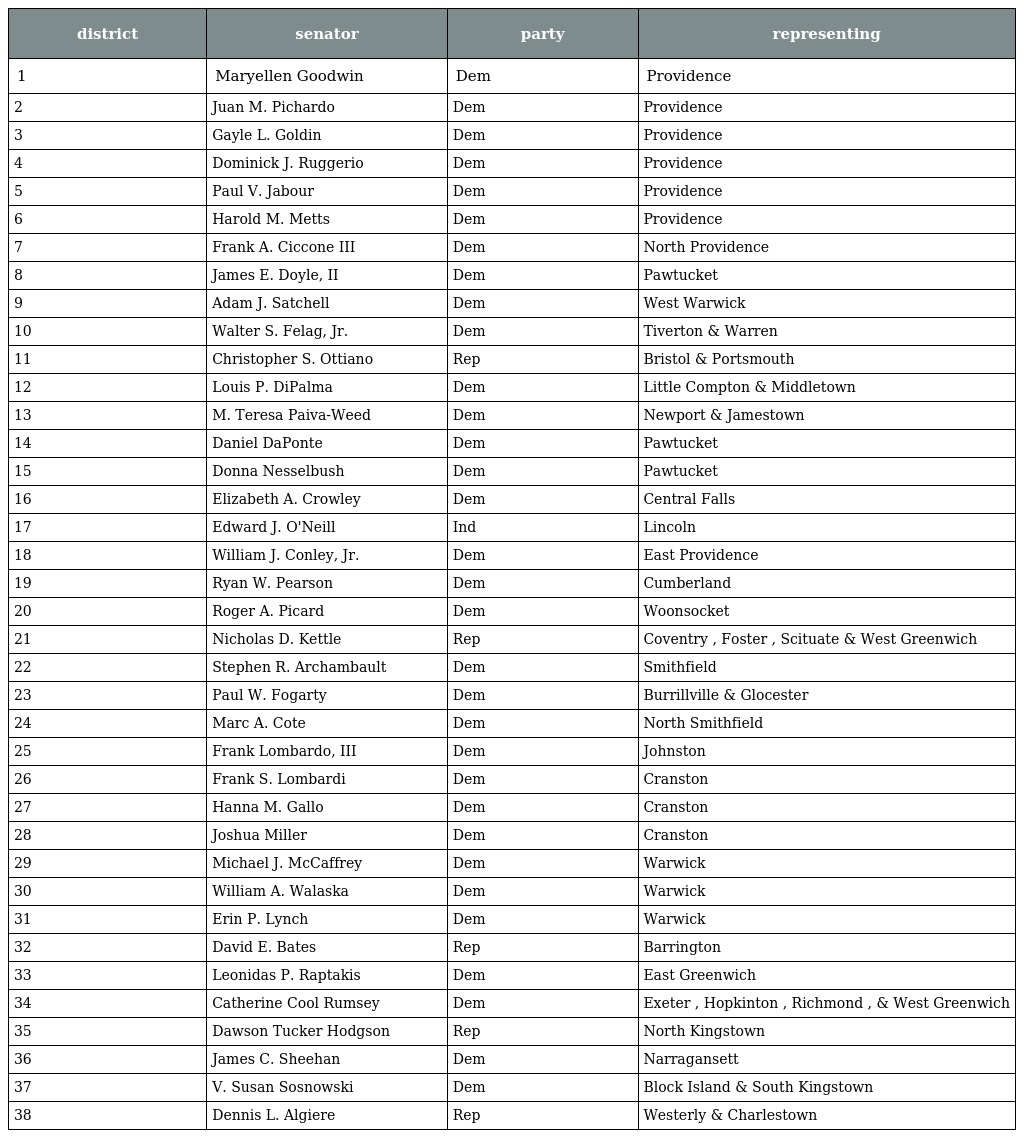
| district | senator | party | representing |
 | --- | --- | --- | --- |
 | 1 | Maryellen Goodwin | Dem | Providence |
 | 2 | Juan M. Pichardo | Dem | Providence |
 | 3 | Gayle L. Goldin | Dem | Providence |
 | 4 | Dominick J. Ruggerio | Dem | Providence |
 | 5 | Paul V. Jabour | Dem | Providence |
 | 6 | Harold M. Metts | Dem | Providence |
 | 7 | Frank A. Ciccone III | Dem | North Providence |
 | 8 | James E. Doyle, II | Dem | Pawtucket |
 | 9 | Adam J. Satchell | Dem | West Warwick |
 | 10 | Walter S. Felag, Jr. | Dem | Tiverton & Warren |
 | 11 | Christopher S. Ottiano | Rep | Bristol & Portsmouth |
 | 12 | Louis P. DiPalma | Dem | Little Compton & Middletown |
 | 13 | M. Teresa Paiva-Weed | Dem | Newport & Jamestown |
 | 14 | Daniel DaPonte | Dem | Pawtucket |
 | 15 | Donna Nesselbush | Dem | Pawtucket |
 | 16 | Elizabeth A. Crowley | Dem | Central Falls |
 | 17 | Edward J. O'Neill | Ind | Lincoln |
 | 18 | William J. Conley, Jr. | Dem | East Providence |
 | 19 | Ryan W. Pearson | Dem | Cumberland |
 | 20 | Roger A. Picard | Dem | Woonsocket |
 | 21 | Nicholas D. Kettle | Rep | Coventry , Foster , Scituate & West Greenwich |
 | 22 | Stephen R. Archambault | Dem | Smithfield |
 | 23 | Paul W. Fogarty | Dem | Burrillville & Glocester |
 | 24 | Marc A. Cote | Dem | North Smithfield |
 | 25 | Frank Lombardo, III | Dem | Johnston |
 | 26 | Frank S. Lombardi | Dem | Cranston |
 | 27 | Hanna M. Gallo | Dem | Cranston |
 | 28 | Joshua Miller | Dem | Cranston |
 | 29 | Michael J. McCaffrey | Dem | Warwick |
 | 30 | William A. Walaska | Dem | Warwick |
 | 31 | Erin P. Lynch | Dem | Warwick |
 | 32 | David E. Bates | Rep | Barrington |
 | 33 | Leonidas P. Raptakis | Dem | East Greenwich |
 | 34 | Catherine Cool Rumsey | Dem | Exeter , Hopkinton , Richmond , & West Greenwich |
 | 35 | Dawson Tucker Hodgson | Rep | North Kingstown |
 | 36 | James C. Sheehan | Dem | Narragansett |
 | 37 | V. Susan Sosnowski | Dem | Block Island & South Kingstown |
 | 38 | Dennis L. Algiere | Rep | Westerly & Charlestown |